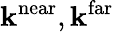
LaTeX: \mathbf{k}^{\mathrm{{near}}},\mathbf{k}^{\mathrm{{far}}}